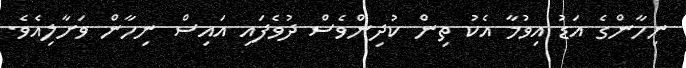
ނިހާންގެ އަޑު އިވުމާ އެކު ތިން ކުދިންވެސް ދުވެފައި އައިސް ނިހާން ވަށާލިއެވެ.